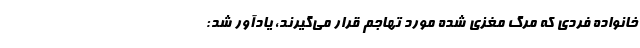
خانواده فردی که مرگ مغزی شده مورد تهاجم قرار می‌گیرند، یادآور شد: